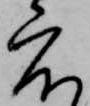
度